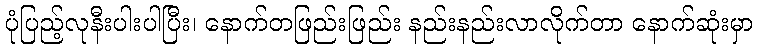
ပုံပြည့်လုနီးပါးပါပြီး၊ နောက်တဖြည်းဖြည်း နည်းနည်းလာလိုက်တာ နောက်ဆုံးမှာ